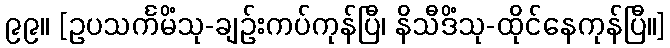
၉၉။ [ဥပသင်္ကမိံသု-ချဉ်းကပ်ကုန်ပြီ၊ နိသီဒိံသု-ထိုင်နေကုန်ပြီ။]